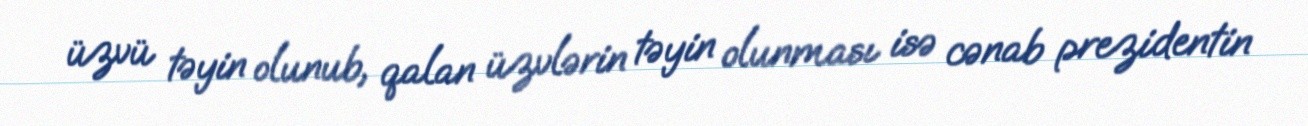
üzvü təyin olunub, qalan üzvlərin təyin olunması isə cənab prezidentin